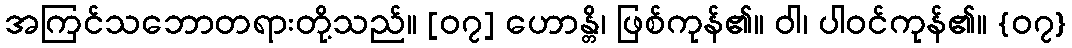
အကြင်သဘောတရားတို့သည်။ [၀၇] ဟောန္တိ၊ ဖြစ်ကုန်၏။ ဝါ၊ ပါဝင်ကုန်၏။ {၀၇}